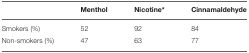
<table><thead><tr><td></td><td><b>Menthol</b></td><td><b>Nicotine<sup>*</sup></b></td><td><b>Cinnamaldehyde</b></td></tr></thead><tbody><tr><td>Smokers (%)</td><td>52</td><td>92</td><td>84</td></tr><tr><td>Non-smokers (%)</td><td>47</td><td>63</td><td>77</td></tr></tbody></table>